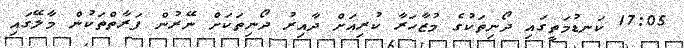
17:05 ކަނޑުމަތީގައި ދޯނިތަކުގެ މުޒާހަރާ ކުރިއަށް ދާއިރު ދޯނިތަކަށް ނޭރުން ފަރާތްތަކުން މާލޭގައި